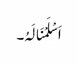
اَسْلَمْنَالَہُ۔